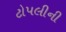
ટોપલીની